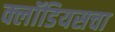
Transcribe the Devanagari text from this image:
क्लॉडियसचा